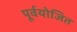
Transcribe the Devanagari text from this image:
पूर्वयोजित